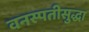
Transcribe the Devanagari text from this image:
वनस्पतीसुद्धा